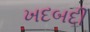
ખદબદી